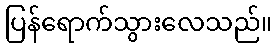
ပြန်ရောက်သွားလေသည်။